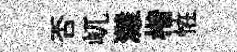
否屼灘楷恠